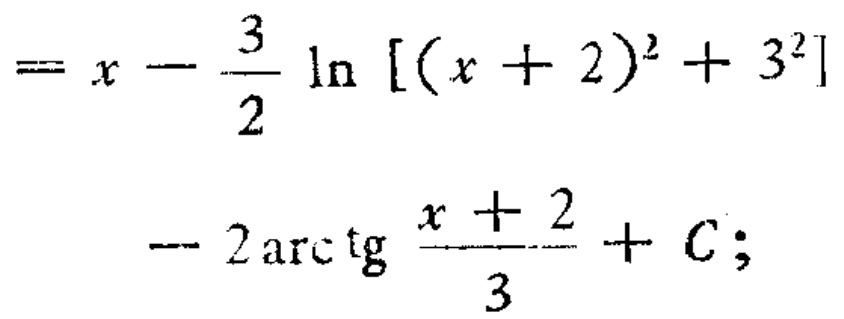
\[

\begin{align*}

&=x - \frac{3}{2} \ln [(x + 2)^2 + 3^2]\\

&- 2\arctan\frac{x + 2}{3}+C;

\end{align*}

\]